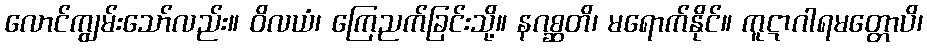
လောင်ကျွမ်းသော်လည်း။ ဝိလယံ၊ ကြေညက်ခြင်းသို့။ နဂစ္ဆတိ၊ မရောက်နိုင်။ ကူဋာဂါရမတ္တောပိ၊